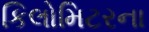
કિલોમિટરના